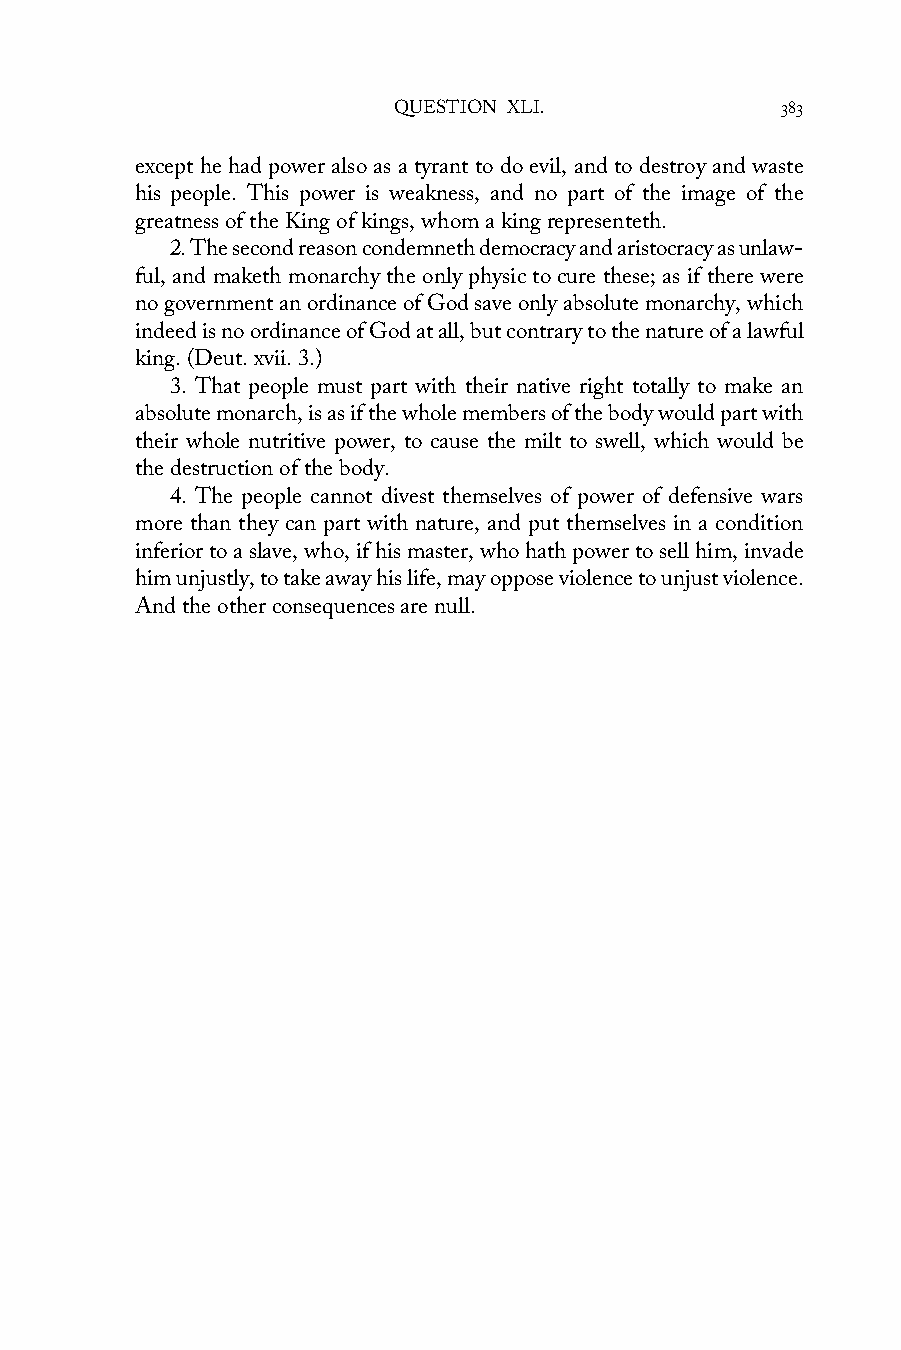
QUESTION XLI.             383
 except he had power also as a tyrant to do evil, and to destroy and waste
 his people. This power is weakness, and no part of the image of the
 greatness of the King of kings, whom a king representeth.
 2. The second reason condemneth democracy and aristocracy as unlaw-
 ful, and maketh monarchy the only physic to cure these; as if there were
 no government an ordinance of God save only absolute monarchy, which
 indeed is no ordinance of God at all, but contrary to the nature of a lawful
 king. (Deut. xvii. 3.)
 3. That people must part with their native right totally to make an
 absolute monarch, is as if the whole members of the body would part with
 their whole nutritive power, to cause the milt to swell, which would be
 the destruction of the body.
 4. The people cannot divest themselves of power of defensive wars
 more than they can part with nature, and put themselves in a condition
 inferior to a slave, who, if his master, who hath power to sell him, invade
 him unjustly, to take away his life, may oppose violence to unjust violence.
 And the other consequences are null.